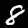
Label: 8